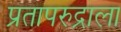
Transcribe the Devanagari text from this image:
प्रतापरुद्राला